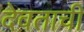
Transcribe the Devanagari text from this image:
देवताची